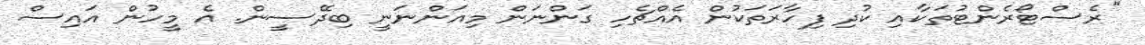
"ރެސްޓޯރެންޓުތަކާއި ކުދި ފިހާރަތަކުން އެއްޗެހި ގަންނަން މިއަންނަނީ ބިދޭސީން. އެ މީހުން އައިސް